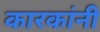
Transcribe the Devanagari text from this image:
कारकांनी